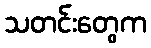
သတင်းတွေက